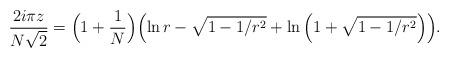
LaTeX: \begin{align*}{2 i\pi z\over N\sqrt{2}} = \Bigl( 1+{1\over N} \Bigr) \Bigl(\ln r - \sqrt{1-1/r^{2}} + \ln \left(1+\sqrt{1-1/r^{2}}\right) \Bigr).\end{align*}